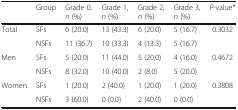
<table><thead><tr><td></td><td><b>Group</b></td><td><b>Grade 0, <i>n</i> (%)</b></td><td><b>Grade 1, <i>n</i> (%)</b></td><td><b>Grade 2, <i>n</i> (%)</b></td><td><b>Grade 3, <i>n</i> (%)</b></td><td><b><i>P</i>-value*</b></td></tr></thead><tbody><tr><td rowspan="2">Total</td><td>SFs</td><td>6 (20.0)</td><td>13 (43.3)</td><td>6 (20.0)</td><td>5 (16.7)</td><td>0.3032</td></tr><tr><td>NSFs</td><td>11 (36.7)</td><td>10 (33.3)</td><td>4 (13.3)</td><td>5 (16.7)</td><td></td></tr><tr><td rowspan="2">Men</td><td>SFs</td><td>5 (20.0)</td><td>11 (44.0)</td><td>5 (20.0)</td><td>4 (16.0)</td><td>0.4672</td></tr><tr><td>NSFs</td><td>8 (32.0)</td><td>10 (40.0)</td><td>2 (8.0)</td><td>5 (20.0)</td><td></td></tr><tr><td rowspan="2">Women</td><td>SFs</td><td>1 (20.0)</td><td>2 (40.0)</td><td>1 (20.0)</td><td>1 (20.0)</td><td>0.3808</td></tr><tr><td>NSFs</td><td>3 (60.0)</td><td>0 (0.0)</td><td>2 (40.0)</td><td>0 (0.0)</td><td></td></tr></tbody></table>